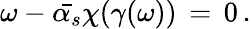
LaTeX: \omega-\bar{\alpha_{s}}\chi(\gamma(\omega))\, =\, 0\, .